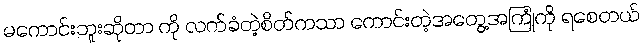
မကောင်းဘူးဆိုတာ ကို လက်ခံတဲ့စိတ်ကသာ ကောင်းတဲ့အတွေ့အကြုံကို ရစေတယ်